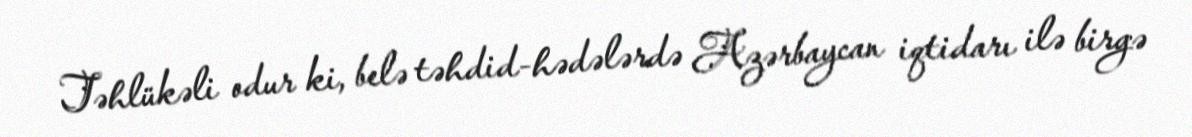
Təhlükəli odur ki, belə təhdid-hədələrdə Azərbaycan iqtidarı ilə birgə